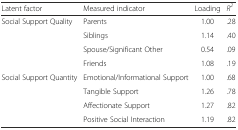
| Latent factor | Measured indicator | Loading | R2 |
 | --- | --- | --- | --- |
 | Social Support Quality | Parents | 1.00 | .28 |
 |  | Siblings | 1.14 | .40 |
 |  | Spouse/Significant Other | 0.54 | .09 |
 |  | Friends | 1.08 | .19 |
 | Social Support Quantity | Emotional/Informational Support | 1.00 | .68 |
 |  | Tangible Support | 1.26 | .78 |
 |  | Affectionate Support | 1.27 | .82 |
 |  | Positive Social Interaction | 1.19 | .82 |